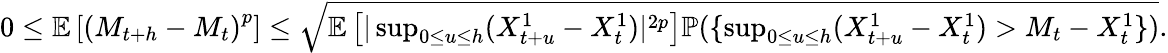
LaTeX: \begin{array}{r}{0\leq\mathbb{E}\left[\left(M_{t+h}-M_{t}\right)^{p}\right]\leq\sqrt{\mathbb{E}\left[|\operatorname*{sup}_{0\leq u\leq h}(X_{t+u}^{1}-X_{t}^{1})|^{2p}\right]{\mathbb P}(\{ \operatorname*{sup}_{0\leq u\leq h}(X_{t+u}^{1}-X_{t}^{1})>M_{t}-X_{t}^{1}\} )}.}\end{array}